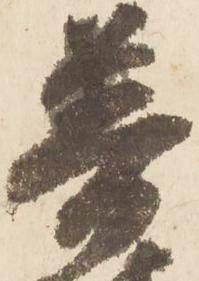
普